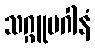
သဂ္ဂူပဂါနံ